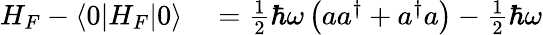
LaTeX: \begin{array}{rl}{H_{F}-\left\langle 0|H_{F}|0\right\rangle}&{{}={\frac{1}{2}}\hbar\omega\left(aa^{\dagger}+a^{\dagger}a\right)-{\frac{1}{2}}\hbar\omega}\end{array}